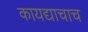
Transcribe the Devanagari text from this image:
कायद्याचाच